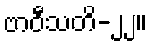
ဗာဝီသတိ-၂၂။